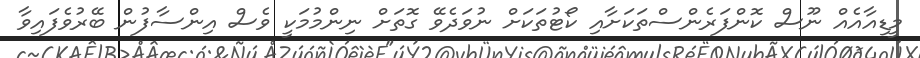
މީޑިއާއެއް ނޫސް ކޮންފަރެންސްތަކަށާއި ކޯޓުތަކަށް ނުވަދެވޭ ގޮތަށް ނިންމުމަކީ ވެސް އިންސާފުން ބޭރުވެފައިވާ